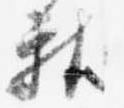
献